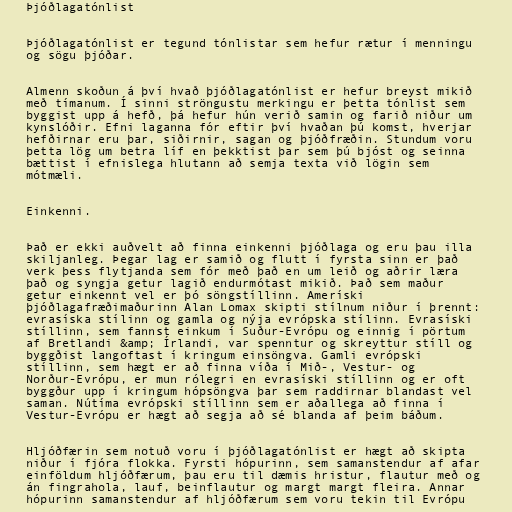
Þjóðlagatónlist

Þjóðlagatónlist er tegund tónlistar sem hefur rætur í menningu
og sögu þjóðar.

Almenn skoðun á því hvað þjóðlagatónlist er hefur breyst mikið
með tímanum. Í sinni ströngustu merkingu er þetta tónlist sem
byggist upp á hefð, þá hefur hún verið samin og farið niður um
kynslóðir. Efni laganna fór eftir því hvaðan þú komst, hverjar
hefðirnar eru þar, siðirnir, sagan og þjóðfræðin. Stundum voru
þetta lög um betra líf en þekktist þar sem þú bjóst og seinna
bættist í efnislega hlutann að semja texta við lögin sem
mótmæli.

Einkenni.

Það er ekki auðvelt að finna einkenni þjóðlaga og eru þau illa
skiljanleg. Þegar lag er samið og flutt í fyrsta sinn er það
verk þess flytjanda sem fór með það en um leið og aðrir læra
það og syngja getur lagið endurmótast mikið. Það sem maður
getur einkennt vel er þó söngstíllinn. Ameríski
þjóðlagafræðimaðurinn Alan Lomax skipti stílnum niður í þrennt:
evrasíska stílinn og gamla og nýja evrópska stílinn. Evrasíski
stíllinn, sem fannst einkum í Suður-Evrópu og einnig í pörtum
af Bretlandi &amp; Írlandi, var spenntur og skreyttur stíll og
byggðist langoftast í kringum einsöngva. Gamli evrópski
stíllinn, sem hægt er að finna víða í Mið-, Vestur- og
Norður-Evrópu, er mun rólegri en evrasíski stíllinn og er oft
byggður upp í kringum hópsöngva þar sem raddirnar blandast vel
saman. Nútíma evrópski stíllinn sem er aðallega að finna í
Vestur-Evrópu er hægt að segja að sé blanda af þeim báðum.

Hljóðfærin sem notuð voru í þjóðlagatónlist er hægt að skipta
niður í fjóra flokka. Fyrsti hópurinn, sem samanstendur af afar
einföldum hljóðfærum, þau eru til dæmis hristur, flautur með og
án fingrahola, lauf, beinflautur og margt margt fleira. Annar
hópurinn samanstendur af hljóðfærum sem voru tekin til Evrópu